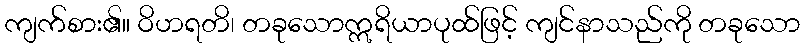
ကျက်စား၏။ ဝိဟရတိ၊ တခုသောဣရိယာပုထ်ဖြင့် ကျင်နာသည်ကို တခုသော